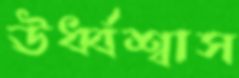
ঊর্ধ্বশ্বাস